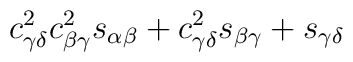
c_{\gamma\delta}^2c_{\beta\gamma}^2s_{\alpha\beta}+c_{\gamma\delta}^2s_{\beta\gamma}+s_{\gamma\delta}